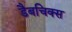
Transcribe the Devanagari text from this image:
डैबचिक्स